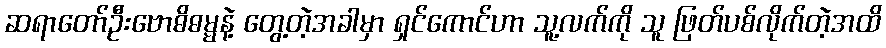
ဆရာတော်ဦးဗောဓိဓမ္မနဲ့ တွေ့တဲ့အခါမှာ ရှင်ကောင်ဟာ သူ့လက်ကို သူ ဖြတ်ပစ်လိုက်တဲ့အထိ